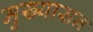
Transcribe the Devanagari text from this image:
मुख्यासन